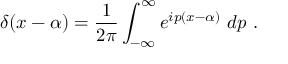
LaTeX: \delta ( x - \alpha ) = { \frac { 1 } { 2 \pi } } \int _ { - \infty } ^ { \infty } e ^ { i p ( x - \alpha ) } \ d p \ .